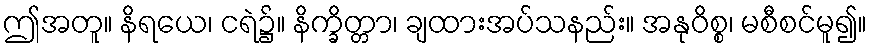
ဤအတူ။ နိရယေ၊ ငရဲ၌။ နိက္ခိတ္တာ၊ ချထားအပ်သနည်း။ အနုဝိစ္စ၊ မစီစင်မူ၍။